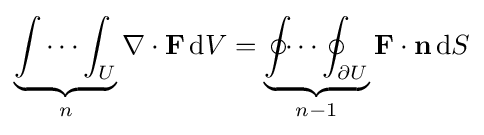
\underbrace {\int \cdots \int _{U}} _{n}\nabla \cdot \mathbf {F} \,\mathrm {d} V=\underbrace {\oint _{}\cdots \oint _{\partial U}} _{n-1}\mathbf {F} \cdot \mathbf {n} \,\mathrm {d} S